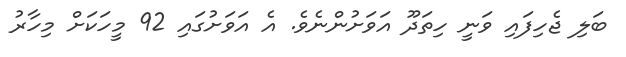
ބަލި ޖެހިފައި ވަނީ ހިތަދޫ އަވަށުންނެވެ. އެ އަވަށުގައި 92 މީހަކަށް މިހާރު